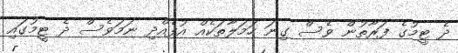
ދެ ޓީމުގެ ފަރާތުން ވެސް ގިނަ ހަމަލާތަކެއް އުފެއްދި ނަމަވެސް ދެ ޓީމުގައި